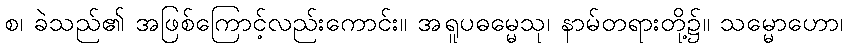
စ၊ ခဲသည်၏ အဖြစ်ကြောင့်လည်းကောင်း။ အရူပဓမ္မေသု၊ နာမ်တရားတို့၌။ သမ္မောဟော၊